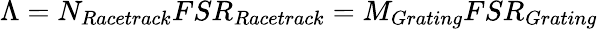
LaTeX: \Lambda=N_{Racetrack}FSR_{Racetrack}=M_{Grating}FSR_{Grating}